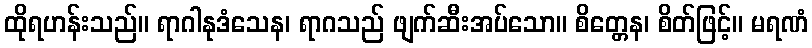
ထိုရဟန်းသည်။ ရာဂါနုဒံသေန၊ ရာဂသည် ဖျက်ဆီးအပ်သော။ စိတ္တေန၊ စိတ်ဖြင့်။ မရဏံ